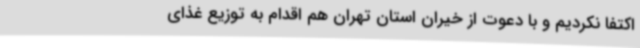
اکتفا نکردیم و با دعوت از خیران استان تهران هم اقدام به توزیع غذای